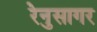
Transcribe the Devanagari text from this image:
रेनुसागर